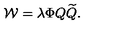
{ \cal W } = \lambda \Phi Q { \widetilde Q } .